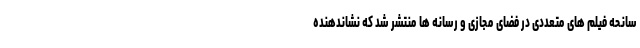
سانحه فیلم های متعددی در فضای مجازی و رسانه ها منتشر شد که نشاندهنده